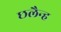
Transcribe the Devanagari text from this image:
छलैन्ह